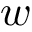
w